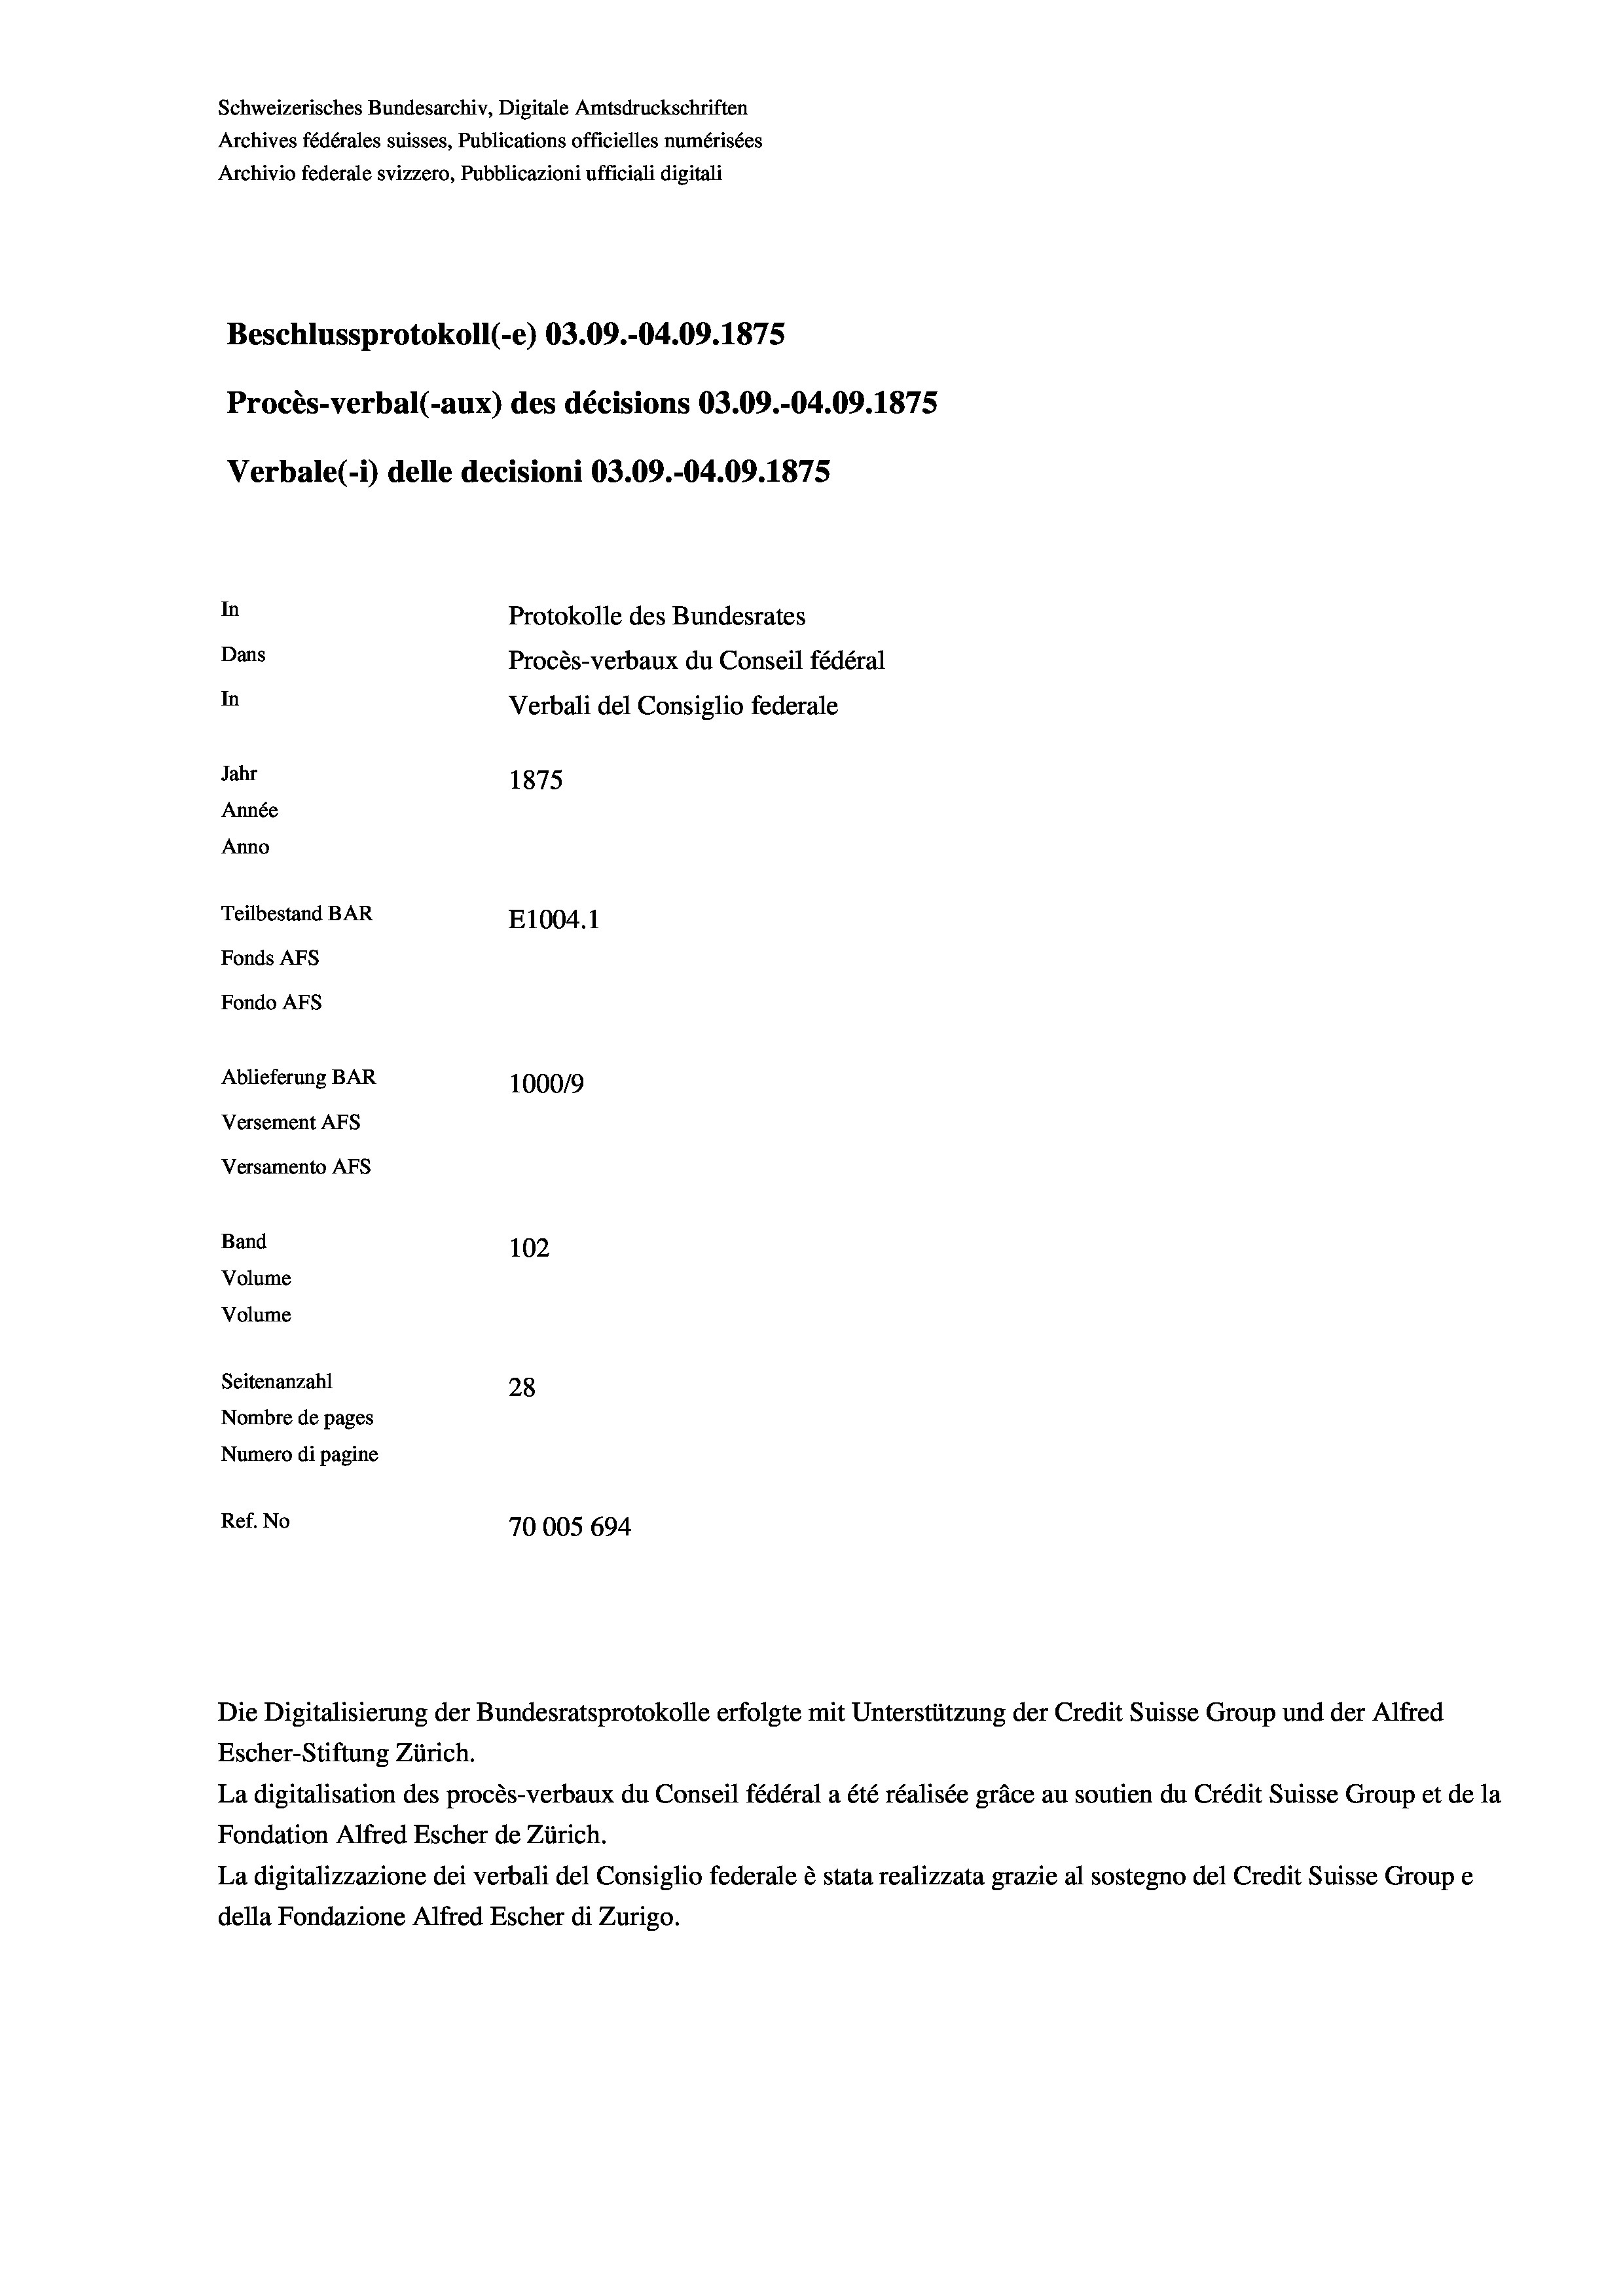
Schweizerisches Bundesarchiv, Digitale Amtsdruckschriften
Archives fédérales suisses, Publications officielles numérisées
Archivio federale svizzero, Pubblicazioni ufficiali digitali
Beschlussprotokoll (-e) 03.09.-04.09. 1875
Procès-verbal (-aux) des décisions 03.09.-04.09. 1875
Verbale (i) delle decisioni 03.09.-04.09. 1875
In
Protokolle des Bundesrates
Dans
Procès-verbaux du Conseil fédéral
In
Verbali del Consiglio federale
Jahr
1875
Année
Anno
Teilbestand BAR
E1004. 1
Fonds AFs
Fondo Afs
Ablieferung BAR
100019
Versement AFs
Versamento Afs

102
Seitenanzahl
28
Nombre de pages
Numero di pagine
Ref. No
70005 694

Band

Volume
Volume

Escher-Stiftung Zürich.
La digitalisation des procès-verbaux du Conseil fédéral a été réalisée gräce au soutien du Crédit Suisse Group et de la
Fondation Alfred Escher de Zürich.
La digitalizzazione dei verbali del Consiglio federale è stata realizzata grazie al sostegno del Credit Suisse Groupe
della Fondazione Alfred Escher di Zurigo.

Die Digitalisierung der Bundesratsprotokolle erfolgte mit Unterstützung der Credit Suisse Group und der Alfred